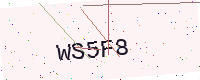
Text: WS5F8